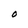
Character: O